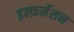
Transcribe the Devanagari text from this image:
इन्फ़र्मेशन